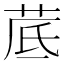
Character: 𦰘